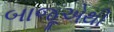
બાજૂએથી